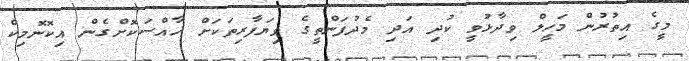
މީގެ އިތުރުން މަހީލް ވިދާޅުވީ ކުދި އަދި މެދުފަންތީގެ ވިޔަފާރިތަކަށް ޚާއްސަކޮށްގެން އިކޮނޮމިކް